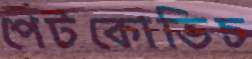
পেটকোভিচ